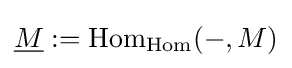
{\underline {M}}:=\mathrm {Hom} _{\mathrm {Hom} }(-,M)